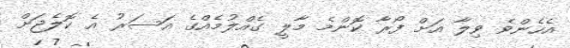
އެހެންވެ ވިލާ އަށް ފޯރާ ކޮންމެ މާލީ ގެއްލުމެއްގެ އަސަރު އެ ކޮލެޖަށް